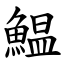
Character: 鰛